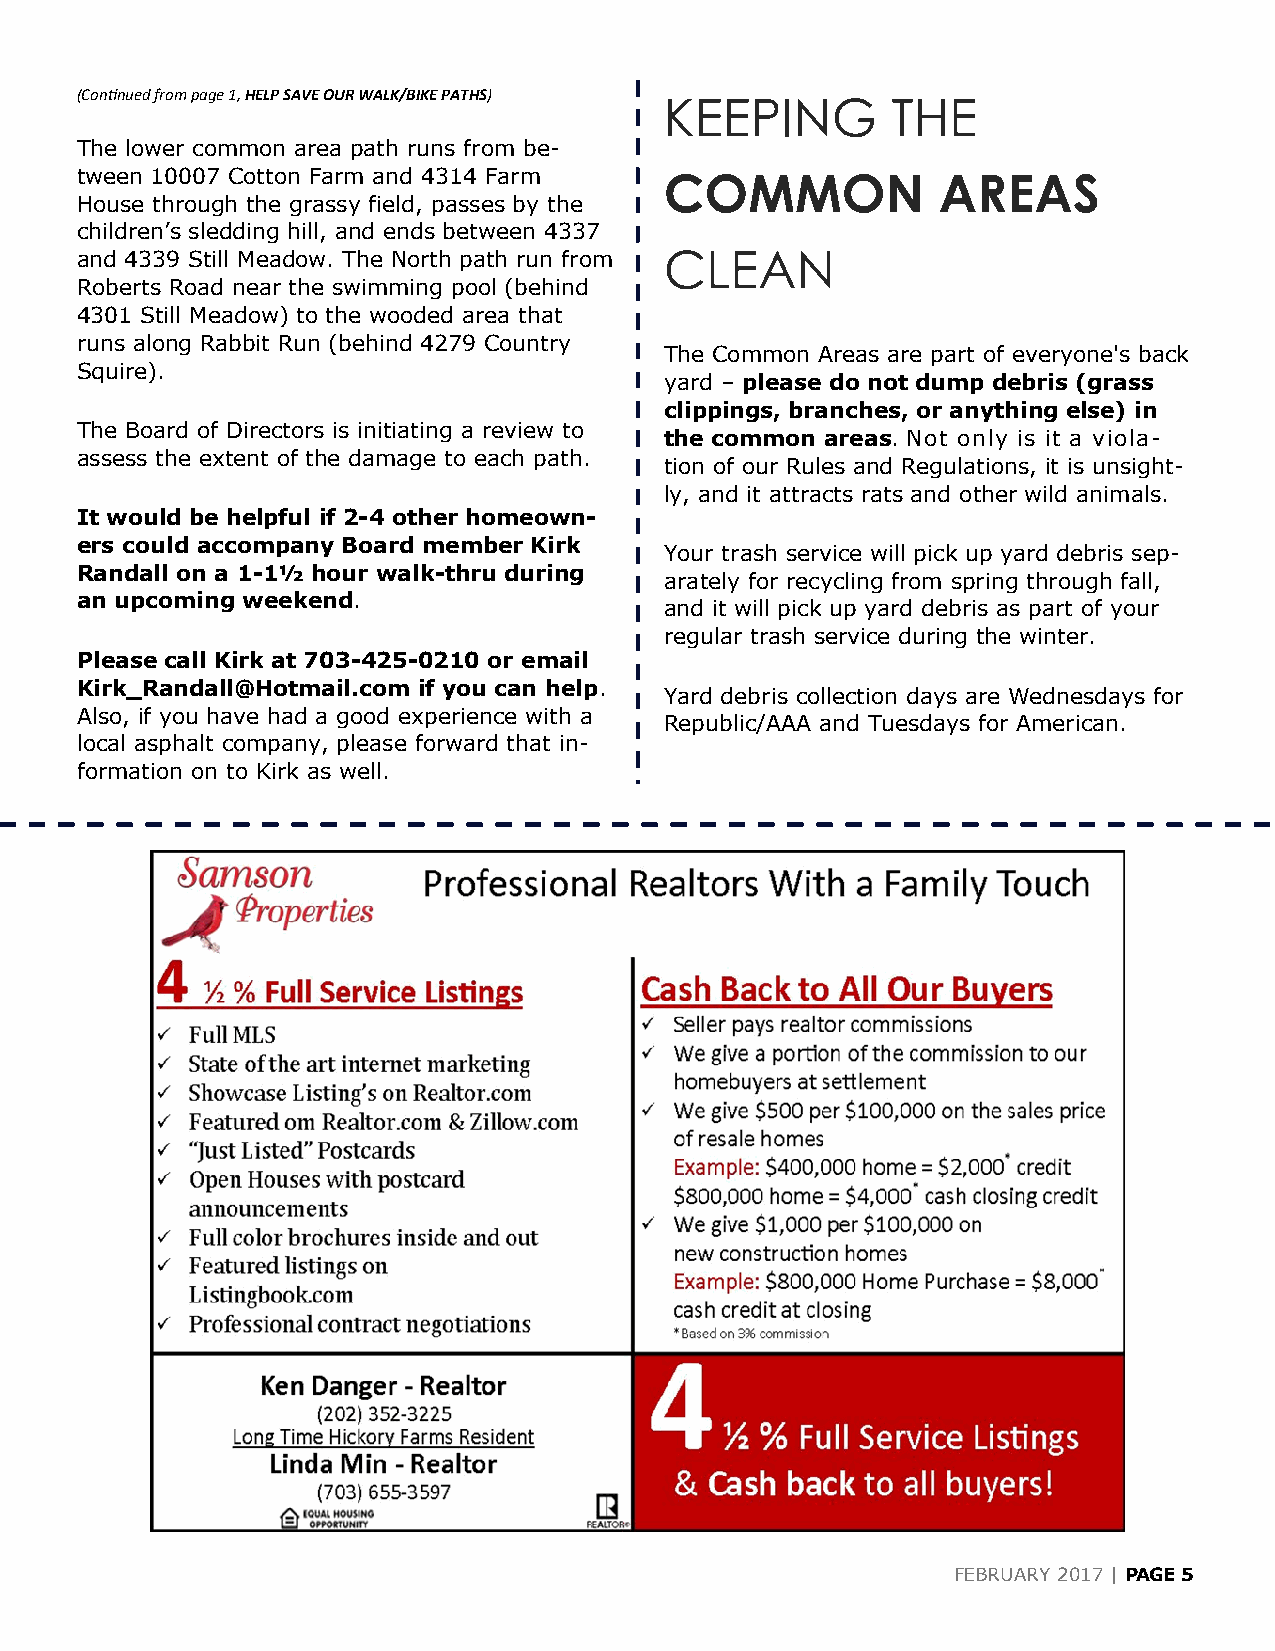
(Continued from page 1, HELP SAVE OUR WALK/BIKE PATHS)
 KEEPING        THE
 The lower common area path runs from be-
 tween 10007 Cotton Farm and 4314 Farm  COMMON            AREAS
 House through the grassy field, passes by the
 children’s sledding hill, and ends between 4337
 and 4339 Still Meadow. The North path run from CLEAN
 Roberts Road near the swimming pool (behind
 4301 Still Meadow) to the wooded area that
 runs along Rabbit Run (behind 4279 Country
 The Common Areas are part of everyone's back
 Squire).
 yard – please do not dump debris (grass
 clippings, branches, or anything else) in
 The Board of Directors is initiating a review to
 the common areas. Not only is it a viola-
 assess the extent of the damage to each path.
 tion of our Rules and Regulations, it is unsight-
 ly, and it attracts rats and other wild animals.
 It would be helpful if 2-4 other homeown-
 ers could accompany Board member Kirk
 Your trash service will pick up yard debris sep-
 Randall on a 1-1½ hour walk-thru during
 arately for recycling from spring through fall,
 an upcoming weekend.
 and it will pick up yard debris as part of your
 regular trash service during the winter.
 Please call Kirk at 703-425-0210 or email
 Kirk_Randall@Hotmail.com if you can help.
 Yard debris collection days are Wednesdays for
 Also, if you have had a good experience with a
 Republic/AAA and Tuesdays for American.
 local asphalt company, please forward that in-
 formation on to Kirk as well.
 FEBRUARY 2017 | PAGE 5